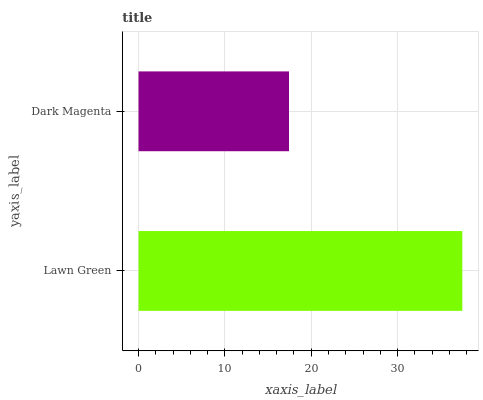
| yaxis_label | bars |
 | --- | --- |
 | Lawn Green | 37.5 |
 | Dark Magenta | 17.4 |